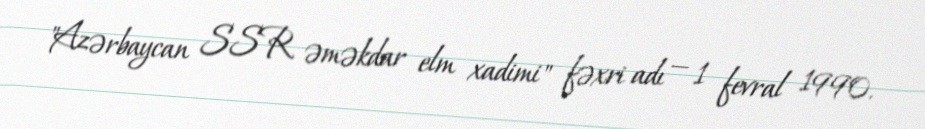
"Azərbaycan SSR əməkdar elm xadimi" fəxri adı — 1 fevral 1990.